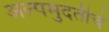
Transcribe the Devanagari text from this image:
अल्पमुदतीचे